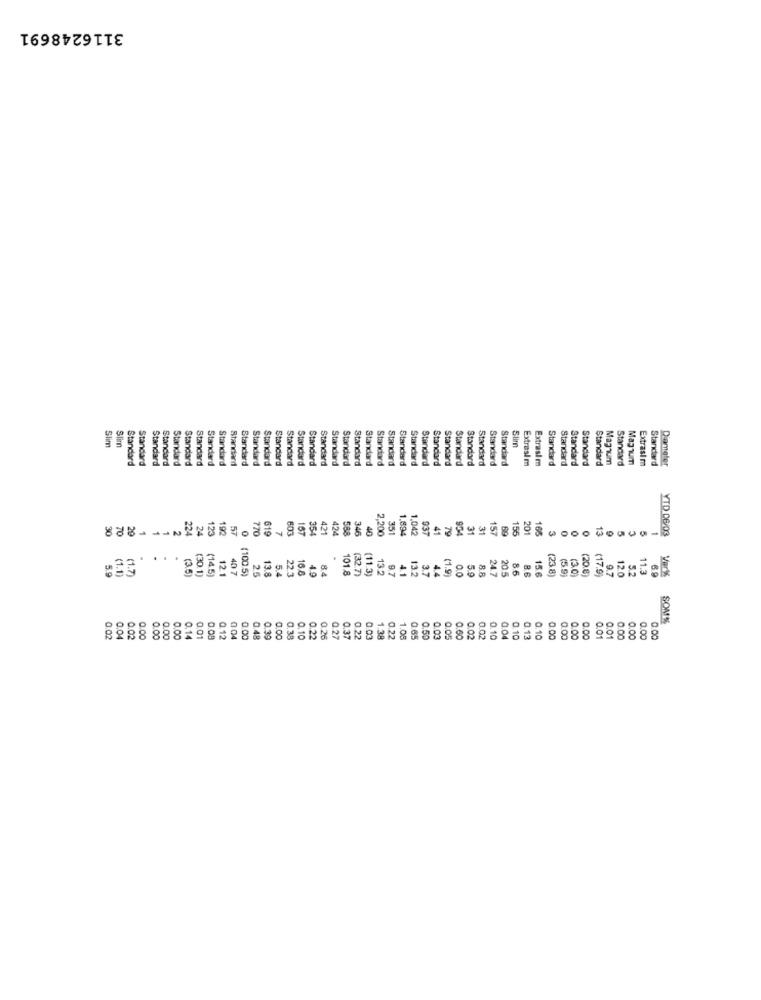
3116248691
Slim
Slim
Slim
Standard
Standard
Standard
Standard
Standard
Standard
Standard
Standard
Standard
Standard
Standard
Standard
Standard
Standard
Standard
Standard
Standard
Standard
Standard
Standard
Standard
Standard
Standard
Standard
Standard
Standard
Standard
Standard
Standard
Standard
Extrasl m
Extrasim
Standard
Standard
Standard
Standard
Standard
Magnum
Standard
Magnum
Extrasl m
Standard
Diameter
Standard
Standard
Standard
Standard
224
0
619
7
167
421
424
588
346
40
2.200
35
1.89.4
1.042
937
41
201
166
3
0
13
YTD 06/03
30
TO
29
24
123
192
57
770
354
79
31
31
157
69
155
(3.5)
(30.1)
(14.5)
12.1
40 7
(100 5)
16.8
(32.7)
(11.3)
13.2
9.7
(1.9)
247
20.5
8.6
15.6
(23.8)
(5.9)
20.8
(17.9
9.7
12.0
5.2
11.3
69
5.9
25
13.8
5.4
22.3
49
84
4.1
13.2
37
4.4
0.0
5.9
8.8
86
Varik
SOME
0.1
0.39
0.27
0.01
0.00
0.02
0.04
0.02
0.00
0.00
0.00
0.00
0.01
0.09
0.12
004
0.00
0.00
0.30
0.10
0.22
0.26
0.37
0.22
0.03
1.38
0.22
1.08
0.65
0.50
0.03
0.05
0.60
0.02
0.02
0.10
0.10
0.13
0.10
0.00
0.00
0.00
0.00
0.01
0.00
0.00